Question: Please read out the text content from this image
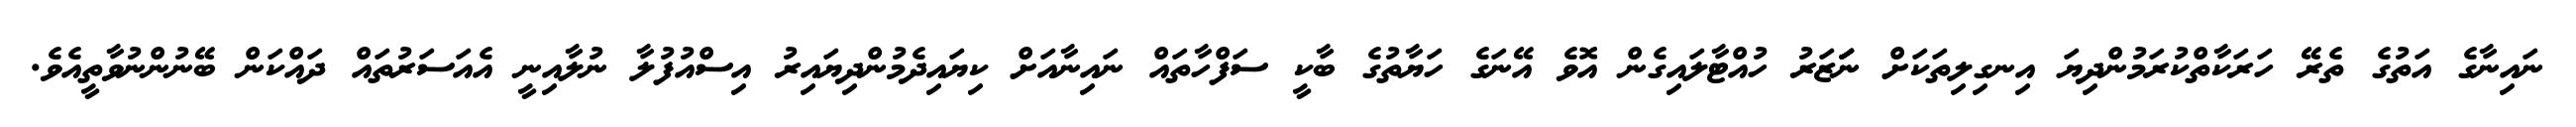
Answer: ނައިނާގެ އަތުގެ ތެރޭ ހަރަކާތްކުރަމުންދިޔަ އިނގިލިތަކަށް ނަަަޒަރު ހުއްޓާލައިގެން އޮވެ އޭނަގެ ހަޔާތުގެ ބާކީ ސަފްހާތައް ނައިނާއަށް ކިޔައިދެމުންދިޔައިރު އިސްއުފުލާ ނުލާއިނީ އެއަސަރުތައް ދައްކަން ބޭނުންނުވާތީއެވެ.